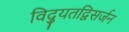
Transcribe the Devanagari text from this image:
विद्युतद्विसर्जन